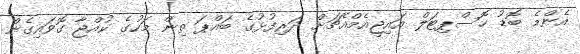
އެންމެ ބޮޑު ހޮސްޕިޓަލް އައިޖީއެމްއެޗަށް ދަރިފުޅުގެ ބައްޕަ ތިން މަހުގެ ކުއްޖާ ގޮވައިގެން